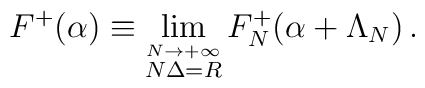
F^+(\alpha)\equiv\lim _{\stackrel {N\rightarrow +\infty}{N\Delta =R}} F^+_N(\alpha +\Lambda _N) \, .